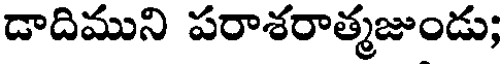
డాదిముని పరాశరాత్మజుండు;